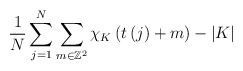
\begin{align*}\frac1N\sum_{j=1}^{N}\sum_{m\in\mathbb{Z}^{2}}\chi_{K}\left( t\left( j\right) +m\right)-|K|\end{align*}